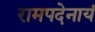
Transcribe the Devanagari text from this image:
रामपदेनायं